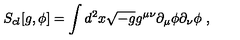
S _ { c l } [ g , \phi ] = \int d ^ { 2 } x \sqrt { - g } g ^ { \mu \nu } \partial _ { \mu } \phi \partial _ { \nu } \phi \ ,